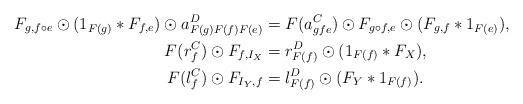
LaTeX: \begin{align*}F_{g,f\circ e}\odot (1_{F(g)}*F_{f,e})\odot a^D_{F(g)F(f)F(e)} & = F(a^C_{gfe})\odot F_{g\circ f, e} \odot (F_{g,f}*1_{F(e)}), \\F(r^C_f)\odot F_{f,I_X} & = r^D_{F(f)}\odot (1_{F(f)}*F_X), \\F(l^C_f)\odot F_{I_Y,f} & = l^D_{F(f)}\odot (F_Y*1_{F(f)}).\end{align*}